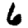
Digit: 6